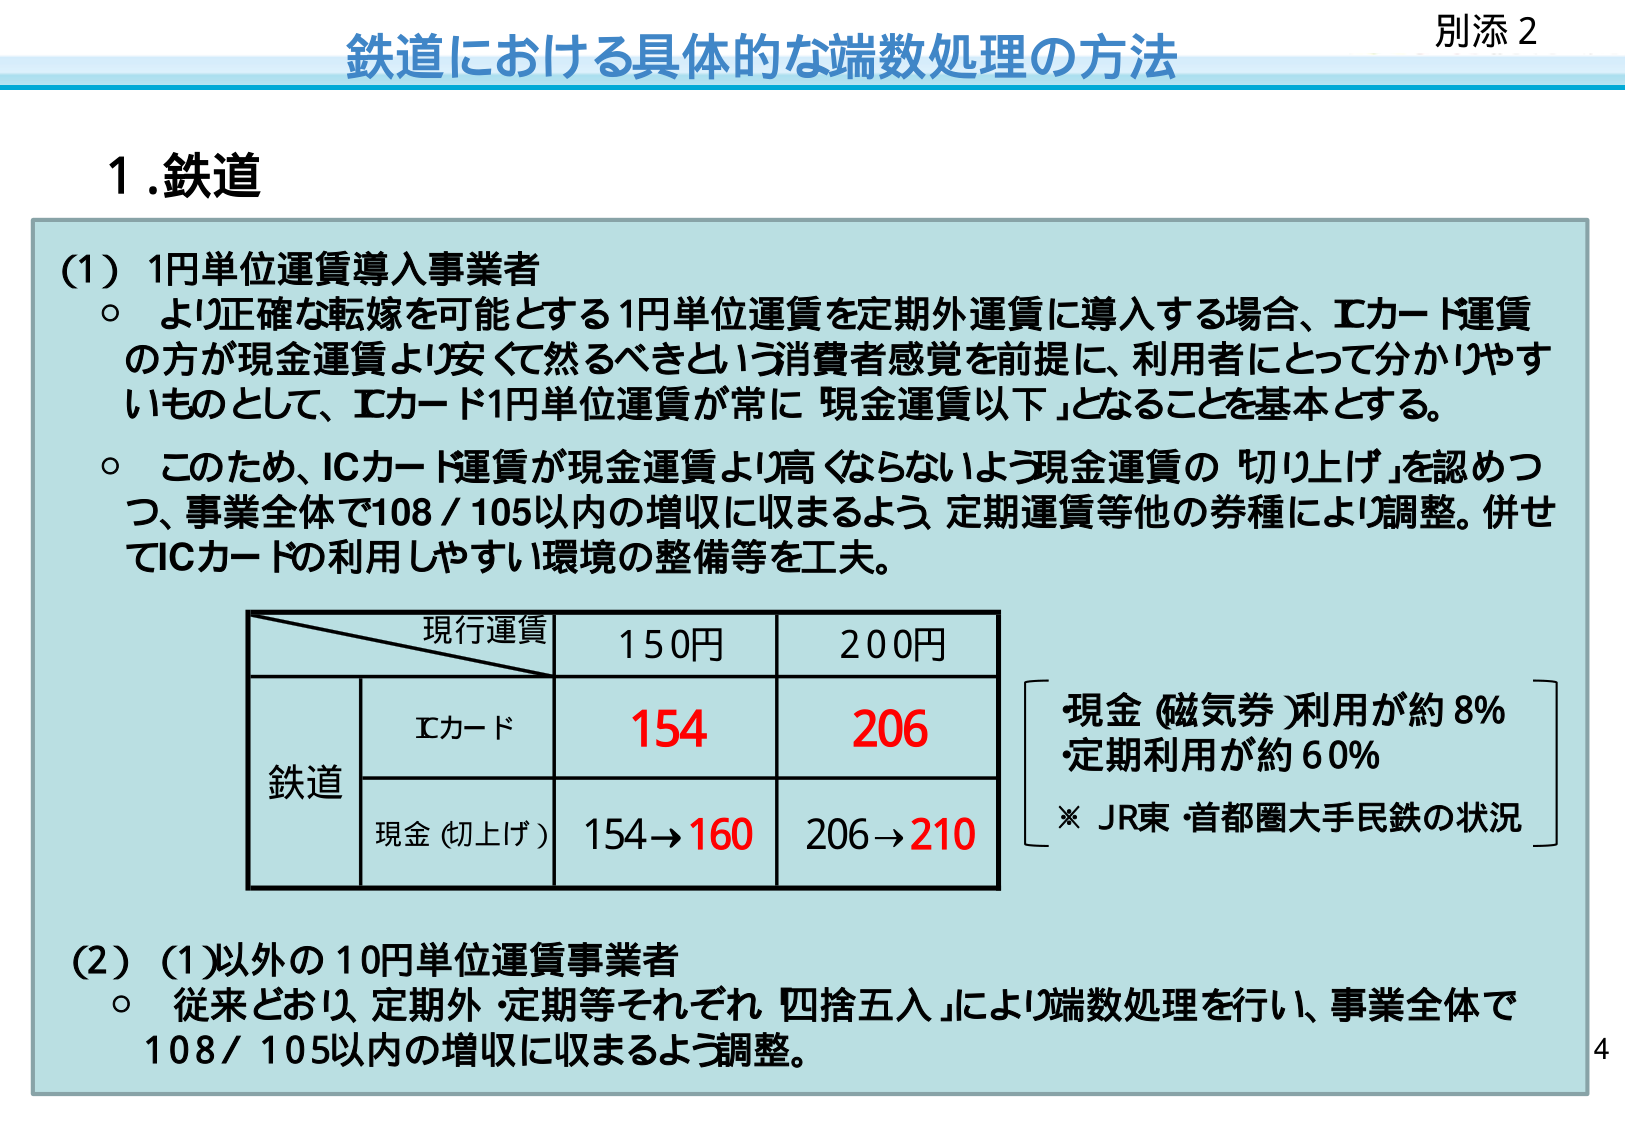
別添 2
鉄道における具体的な端数処理の方法

1.鉄道

(1) 1円単位運賃導入事業者
○ より正確な転嫁を可能とする1円単位運賃を定期外運賃に導入する場合、ICカード運賃の方が現金運賃より安くて然るべきという消費者感覚を前提に、利用者にとって分かりやすいものとして、ICカード1円単位運賃が常に「現金運賃以下」となることを基本とする。
○ このため、ICカード運賃が現金運賃より高くならないよう現金運賃の「切り上げ」を認めつつ、事業全体で108／105以内の増収に収まるよう定期運賃等他の券種により調整。併せてICカードの利用しやすい環境の整備等を工夫。

現行運賃　150円　200円
　　　　　　ICカード　154　206
鉄道　　　　現金（切上げ）　154→160　206→210

・現金（磁気券）利用が約8%
・定期利用が約60%
※ JR東・首都圏大手民鉄の状況

(2) (1)以外の10円単位運賃事業者
○ 従来どおり、定期外・定期等それぞれ「四捨五入」により端数処理を行い、事業全体で108／105以内の増収に収まるよう調整。

4